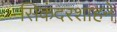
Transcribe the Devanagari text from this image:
सिकंदरशाहने